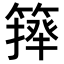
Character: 𥲷